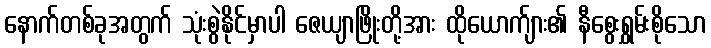
နောက်တစ်ခုအတွက် သုံးစွဲနိုင်မှာပါ ဇေယျာဖြိုးတို့အား ထိုယောက်ျား၏ နီစွေးရွှမ်းစိုသော